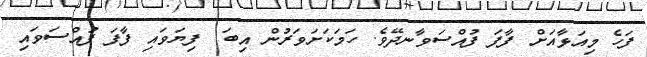
ފަހެ މިއަޅާއަށް ފާފަ ފުއްސަވާނދޭވެ. ހަމަކަށަވަރުން އިބަ  ފިޔަވައި ފާފަ ފުއްސަވައި